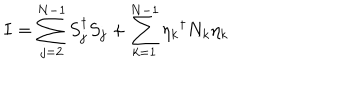
I = \sum _ { j = 2 } ^ { N - 1 } S _ { j } ^ { \dagger } S _ { j } + \sum _ { k = 1 } ^ { N - 1 } { \eta _ { k } } ^ { \dagger } N _ { k } \eta _ { k }